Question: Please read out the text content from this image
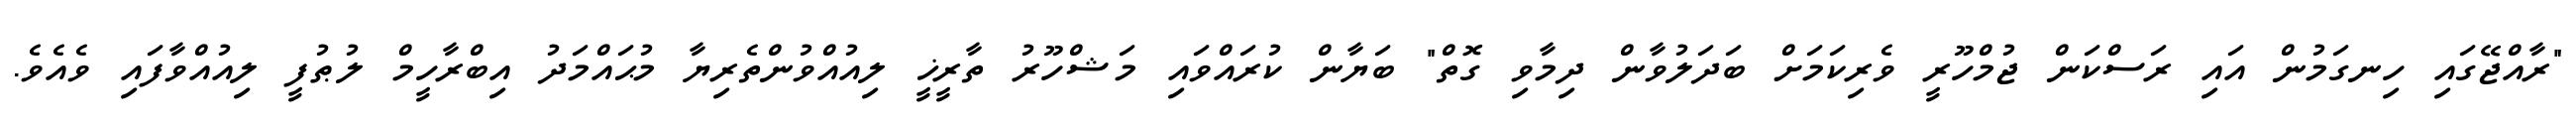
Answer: "ރާއްޖޭގައި ހިނގަމުން އައި ރަސްކަން ޖުމްހޫރީ ވެރިކަމަށް ބަދަލުވާން ދިމާވި ގޮތް" ބަޔާން ކުރައްވައި މަޝްހޫރު ތާރީޚީ ލިއުއްވުންތެރިޔާ މުޙައްމަދު އިބްރާހީމް ލުޠުފީ ލިއުއްވާފައި ވެއެވެ.